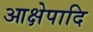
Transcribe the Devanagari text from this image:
आक्षेपादि